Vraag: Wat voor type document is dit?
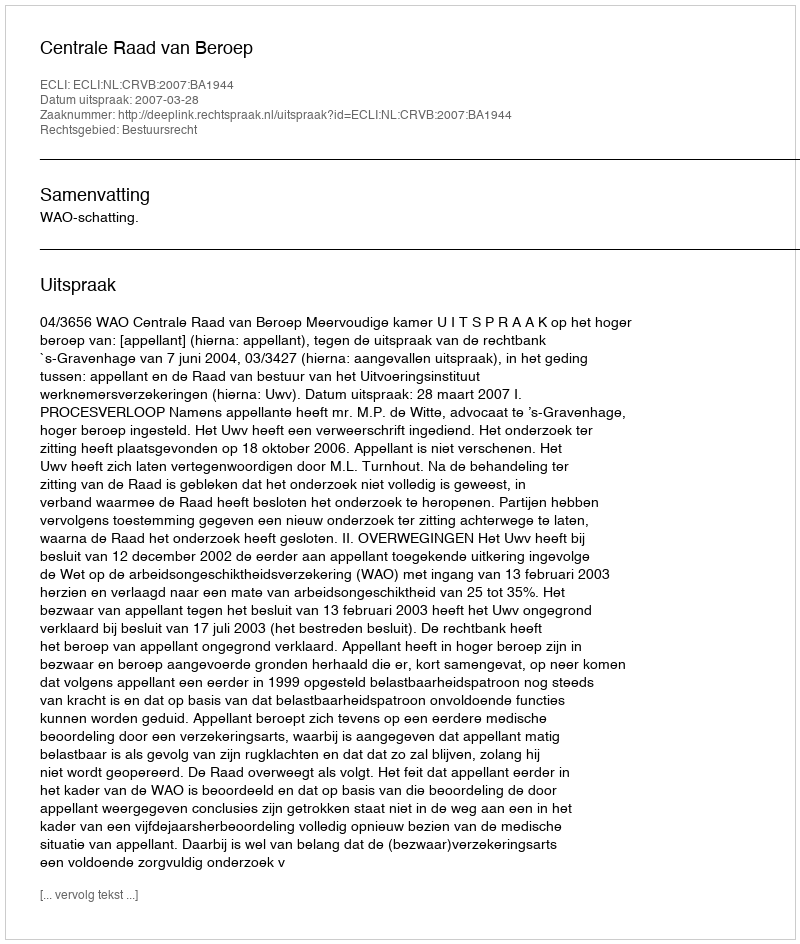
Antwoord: Uitspraak